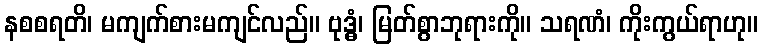
နစစရတိ၊ မကျက်စားမကျင်လည်။ ဗုဒ္ဓံ၊ မြတ်စွာဘုရားကို။ သရဏံ၊ ကိုးကွယ်ရာဟု။